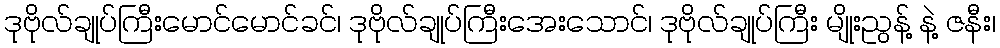
ဒုဗိုလ်ချုပ်ကြီးမောင်မောင်ခင်၊ ဒုဗိုလ်ချုပ်ကြီးအေးသောင်၊ ဒုဗိုလ်ချုပ်ကြီး မျိုးညွန့် နဲ့ ဇနီး၊